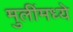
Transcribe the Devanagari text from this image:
मुलींमध्ये